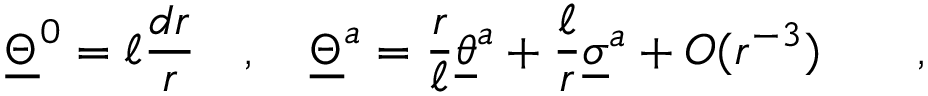
\underline { { { \Theta } } } ^ { 0 } = \ell { \frac { d r } { r } } \quad , \quad \underline { { { \Theta } } } ^ { a } = { \frac { r } { \ell } } \underline { { { \theta } } } ^ { a } + { \frac { \ell } { r } } \underline { { { \sigma } } } ^ { a } + O ( r ^ { - 3 } ) \qquad ,